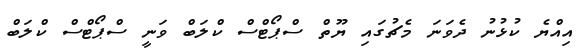
އިއްޔެ ކުޅުނު ދެވަނަ މެޗުގައި ޔޫތް ސްޕޯޓްސް ކްލަބް ވަނީ ސްޕޯޓްސް ކްލަބް